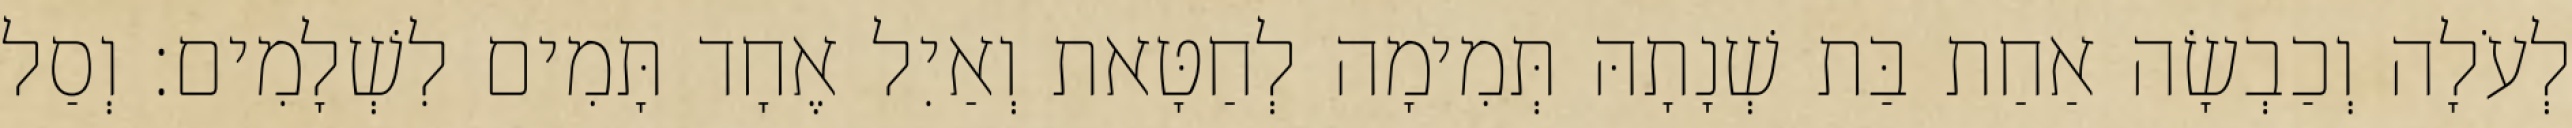
לְעֹלָה וְכַבְשָׂה אַחַת בַּת שְׁנָתָהּ תְּמִימָה לְחַטָּאת וְאַיִל אֶחָד תָּמִים לִשְׁלָמִים׃ וְסַל